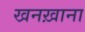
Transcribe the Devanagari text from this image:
खनख़ाना